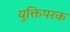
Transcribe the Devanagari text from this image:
युक्तिपरक